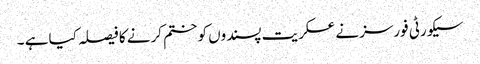
سیکورٹی فورسز نے عسکریت پسندوں کو ختم کرنے کا فیصلہ کیا ہے ۔